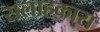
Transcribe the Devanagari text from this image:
सलाहकारा